Document type: Sale
Year: 1305
Scribe: Bernat de Vilarúbia
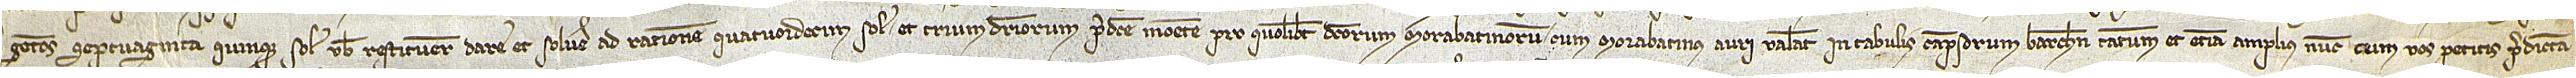
gentos septuaginta quinque solidos vobis restituere, dare et solvere ad rationem quatuordecim solidorum et trium denariorum predicte monete pro quolibet dictorum morabatinorum, cum morabatinus auri valeat in tabulis campsorum Barchinone tanbtum et etiam amplius nunc cum vos petitis predicta